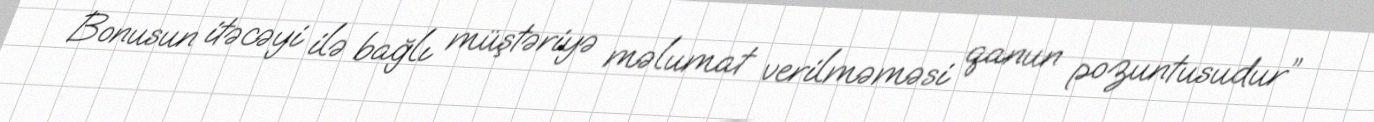
Bonusun itəcəyi ilə bağlı müştəriyə məlumat verilməməsi qanun pozuntusudur”